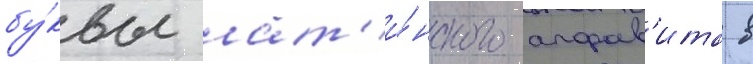
бу́квы лат'и́нского алфав'ита в